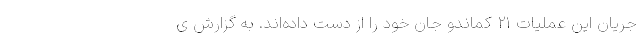
جریان این عملیات ۲۱ کماندو جان خود را از دست داده‌اند. به گزارش ی